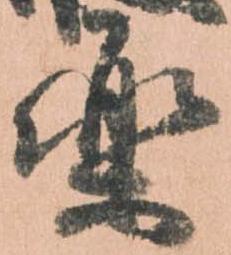
楽